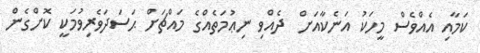
ކަމާއި އެއްވެސް މީހަކު އަނެކާއަށް  ދެއްވި ނިޢުމަތެއްގެ މައްޗަށް ޙަސަދަވެރިވުމަކީ ކޮށްގެން